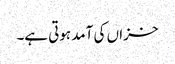
خزاں کی آمد ہوتی ہے۔